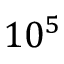
1 0 ^ { 5 }